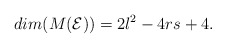
\begin{align*}dim ( M ( \mathcal{E} )) = 2 l^2 - 4 r s + 4.\end{align*}